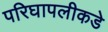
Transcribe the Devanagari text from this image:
परिघापलीकडे